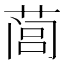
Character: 𰱩